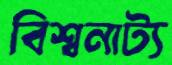
বিশ্বনাট্য